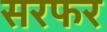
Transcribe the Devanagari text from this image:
सरफर